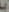
با